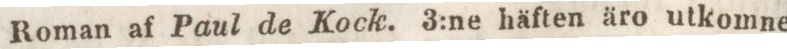
Roman af Paul de Kock. 3:ne häften äro utkomne,